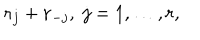
{ \bf r } _ { j } + { \bf r } _ { - j } , \; j = 1 , \ldots , r ,